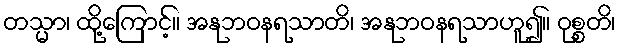
တသ္မာ၊ ထို့ကြောင့်။ အနုဘဝနရသာတိ၊ အနုဘဝနရသာဟူ၍။ ဝုစ္စတိ၊